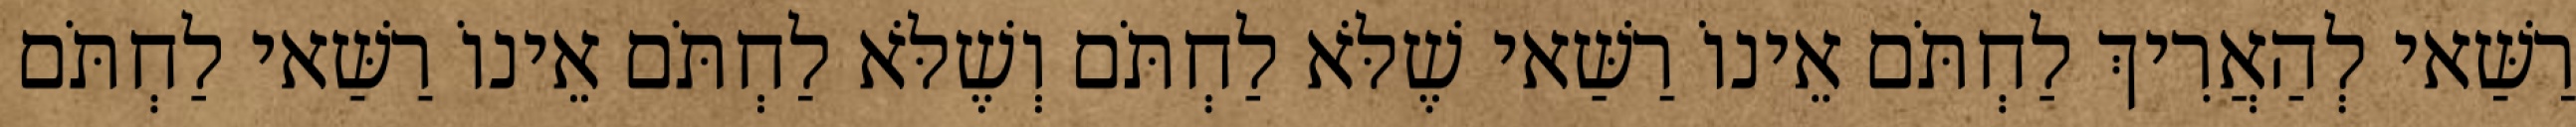
רַשַּׁאי לְהַאֲרִיךְ לַחְתֹּם אֵינוֹ רַשַּׁאי שֶׁלֹּא לַחְתֹּם וְשֶׁלֹּא לַחְתֹּם אֵינוֹ רַשַּׁאי לַחְתֹּם